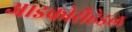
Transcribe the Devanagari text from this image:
आइकोसैहेड्रल